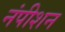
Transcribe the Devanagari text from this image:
नंपीशन